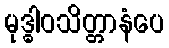
မုဒ္ဓါဝသိတ္တာနံပေ